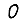
Digit: 0